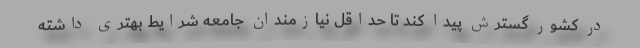
در کشور گسترش پیدا کند تا حداقل نیازمندان جامعه شرایط بهتری داشته